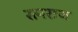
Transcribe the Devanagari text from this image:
रत्नराज